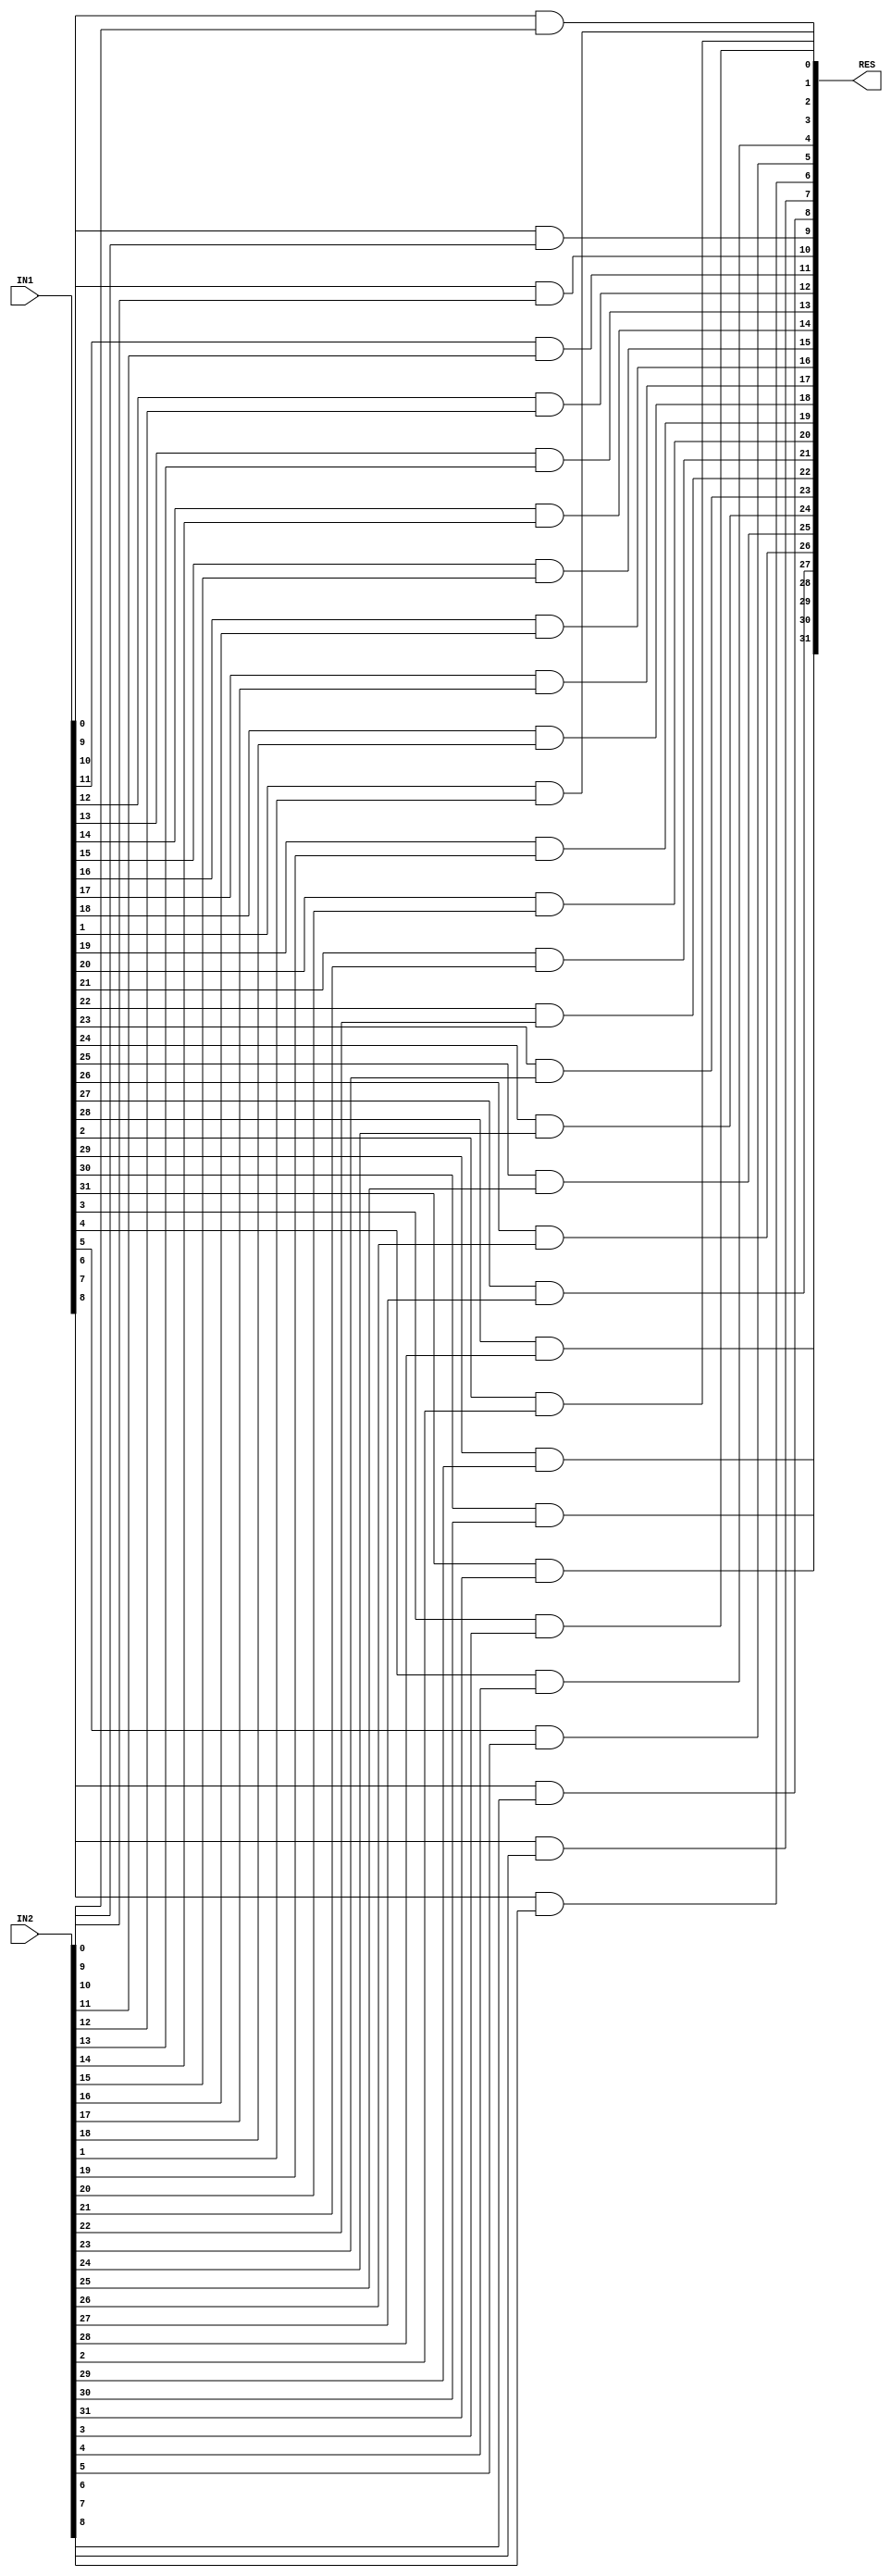
module andBlock(
input wire [N - 1:0] IN1,
input wire [N - 1:0] IN2,
output wire [N - 1:0] RES
);

parameter [31:0] N = 32;




  genvar I;
  generate for (I=0; I <= N - 1; I = I + 1) begin: GEN
      assign RES[I] = IN1[I] & IN2[I];
  end
  endgenerate

endmodule